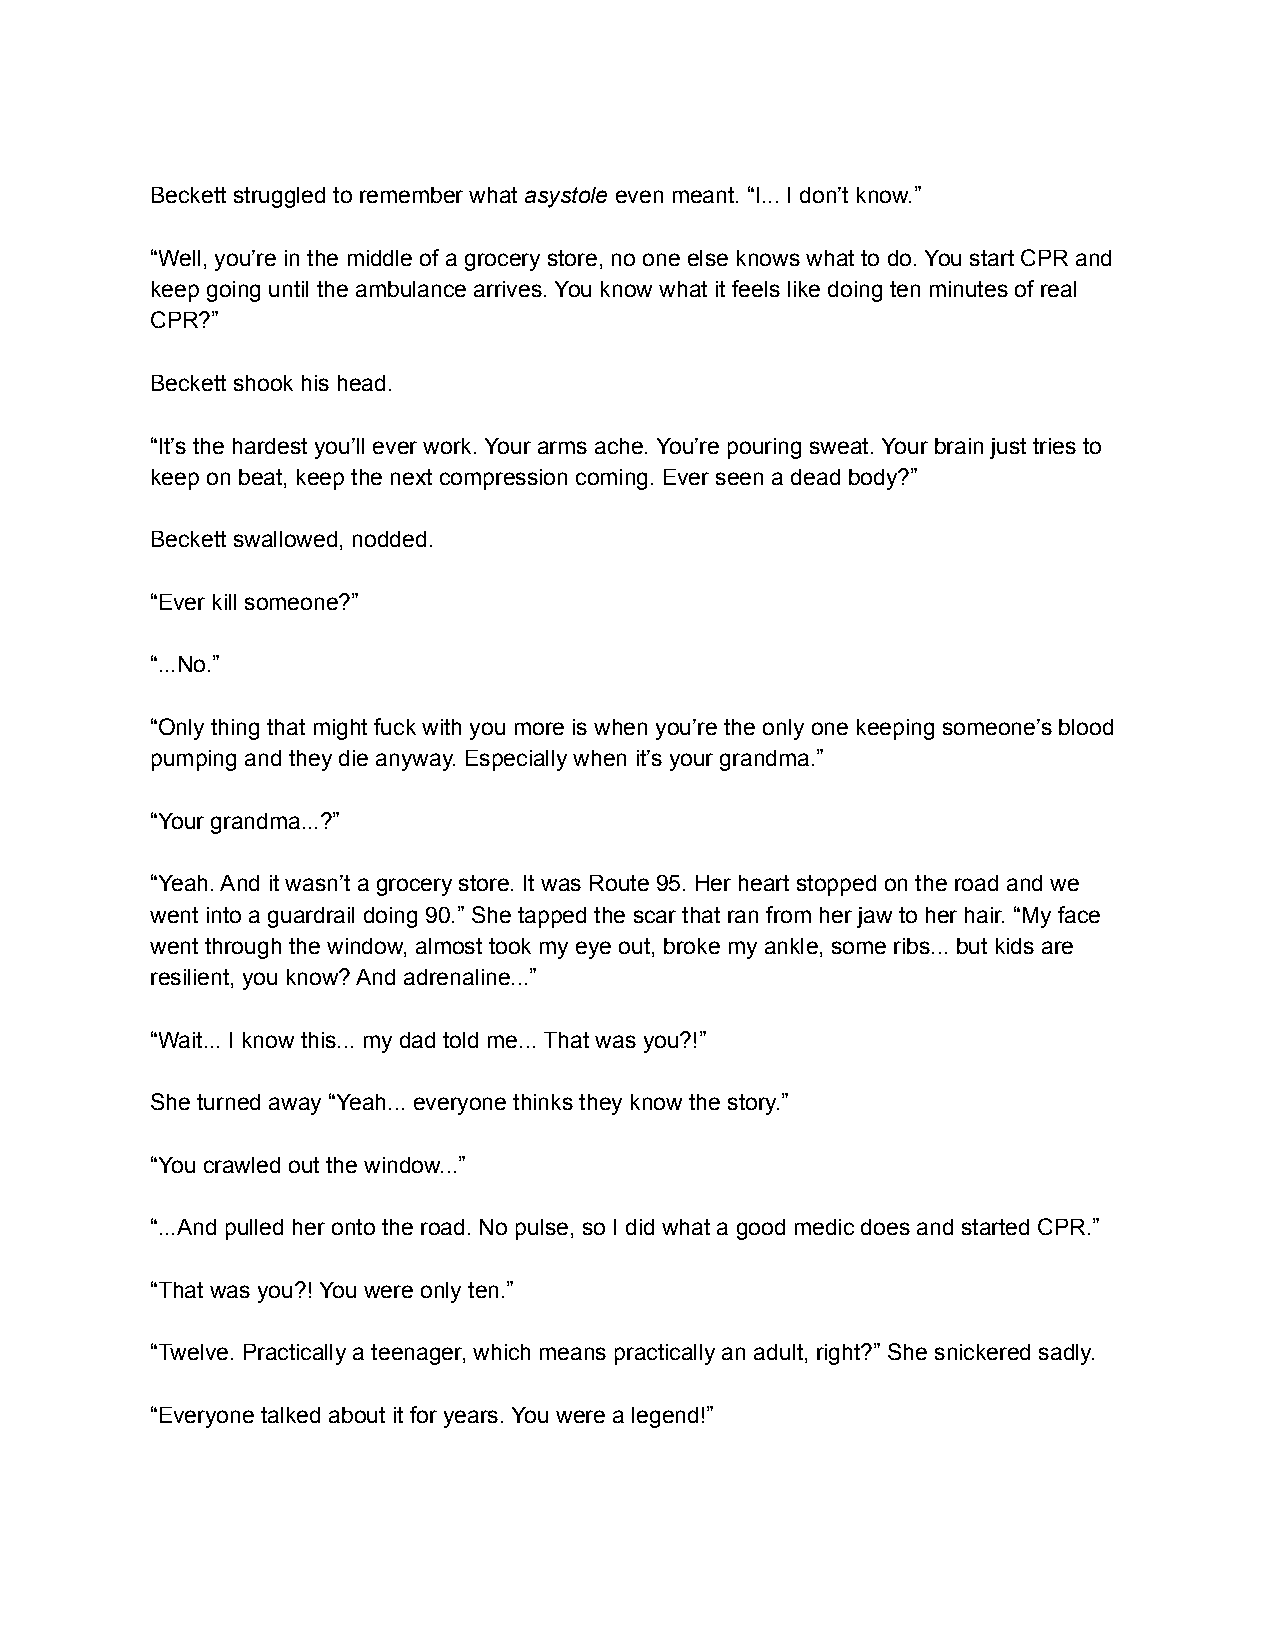
Beckett struggled to remember what asystole even meant. “I... I don’t know.”
 “Well, you’re in the middle of a grocery store, no one else knows what to do. You start CPR and
 keep going until the ambulance arrives. You know what it feels like doing ten minutes of real
 CPR?”
 Beckett shook his head.
 “It’s the hardest you’ll ever work. Your arms ache. You’re pouring sweat. Your brain just tries to
 keep on beat, keep the next compression coming. Ever seen a dead body?”
 Beckett swallowed, nodded.
 “Ever kill someone?”
 “...No.”
 “Only thing that might fuck with you more is when you’re the only one keeping someone’s blood
 pumping and they die anyway. Especially when it’s your grandma.”
 “Your grandma...?”
 “Yeah. And it wasn’t a grocery store. It was Route 95. Her heart stopped on the road and we
 went into a guardrail doing 90.” She tapped the scar that ran from her jaw to her hair. “My face
 went through the window, almost took my eye out, broke my ankle, some ribs... but kids are
 resilient, you know? And adrenaline...”
 “Wait... I know this... my dad told me... That was you?!”
 She turned away “Yeah... everyone thinks they know the story.”
 “You crawled out the window...”
 “...And pulled her onto the road. No pulse, so I did what a good medic does and started CPR.”
 “That was you?! You were only ten.”
 “Twelve. Practically a teenager, which means practically an adult, right?” She snickered sadly.
 “Everyone talked about it for years. You were a legend!”